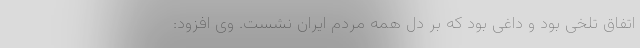
اتفاق تلخی بود و داغی بود که بر دل همه مردم ایران نشست. وی افزود: